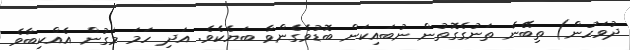
ދުވަހުން) ތިބޭނެ ތަނުގެގޮތުން ނުބައިކަން ބޮޑުވެގެންވާ ބަޔެކެވެ. އަދި ހަމަ މަގުން އެއްކިބާވެ